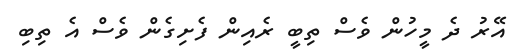
އޭރު ދެ މީހުން ވެސް ތިބީ ރެއިން ފެށިގެން ވެސް އެ ތިބި